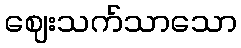
ဈေးသက်သာသော